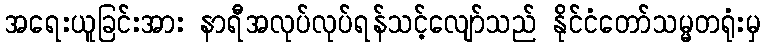
အရေးယူခြင်းအား နာရီအလုပ်လုပ်ရန်သင့်လျော်သည် နိုင်ငံတော်သမ္မတရုံးမှ